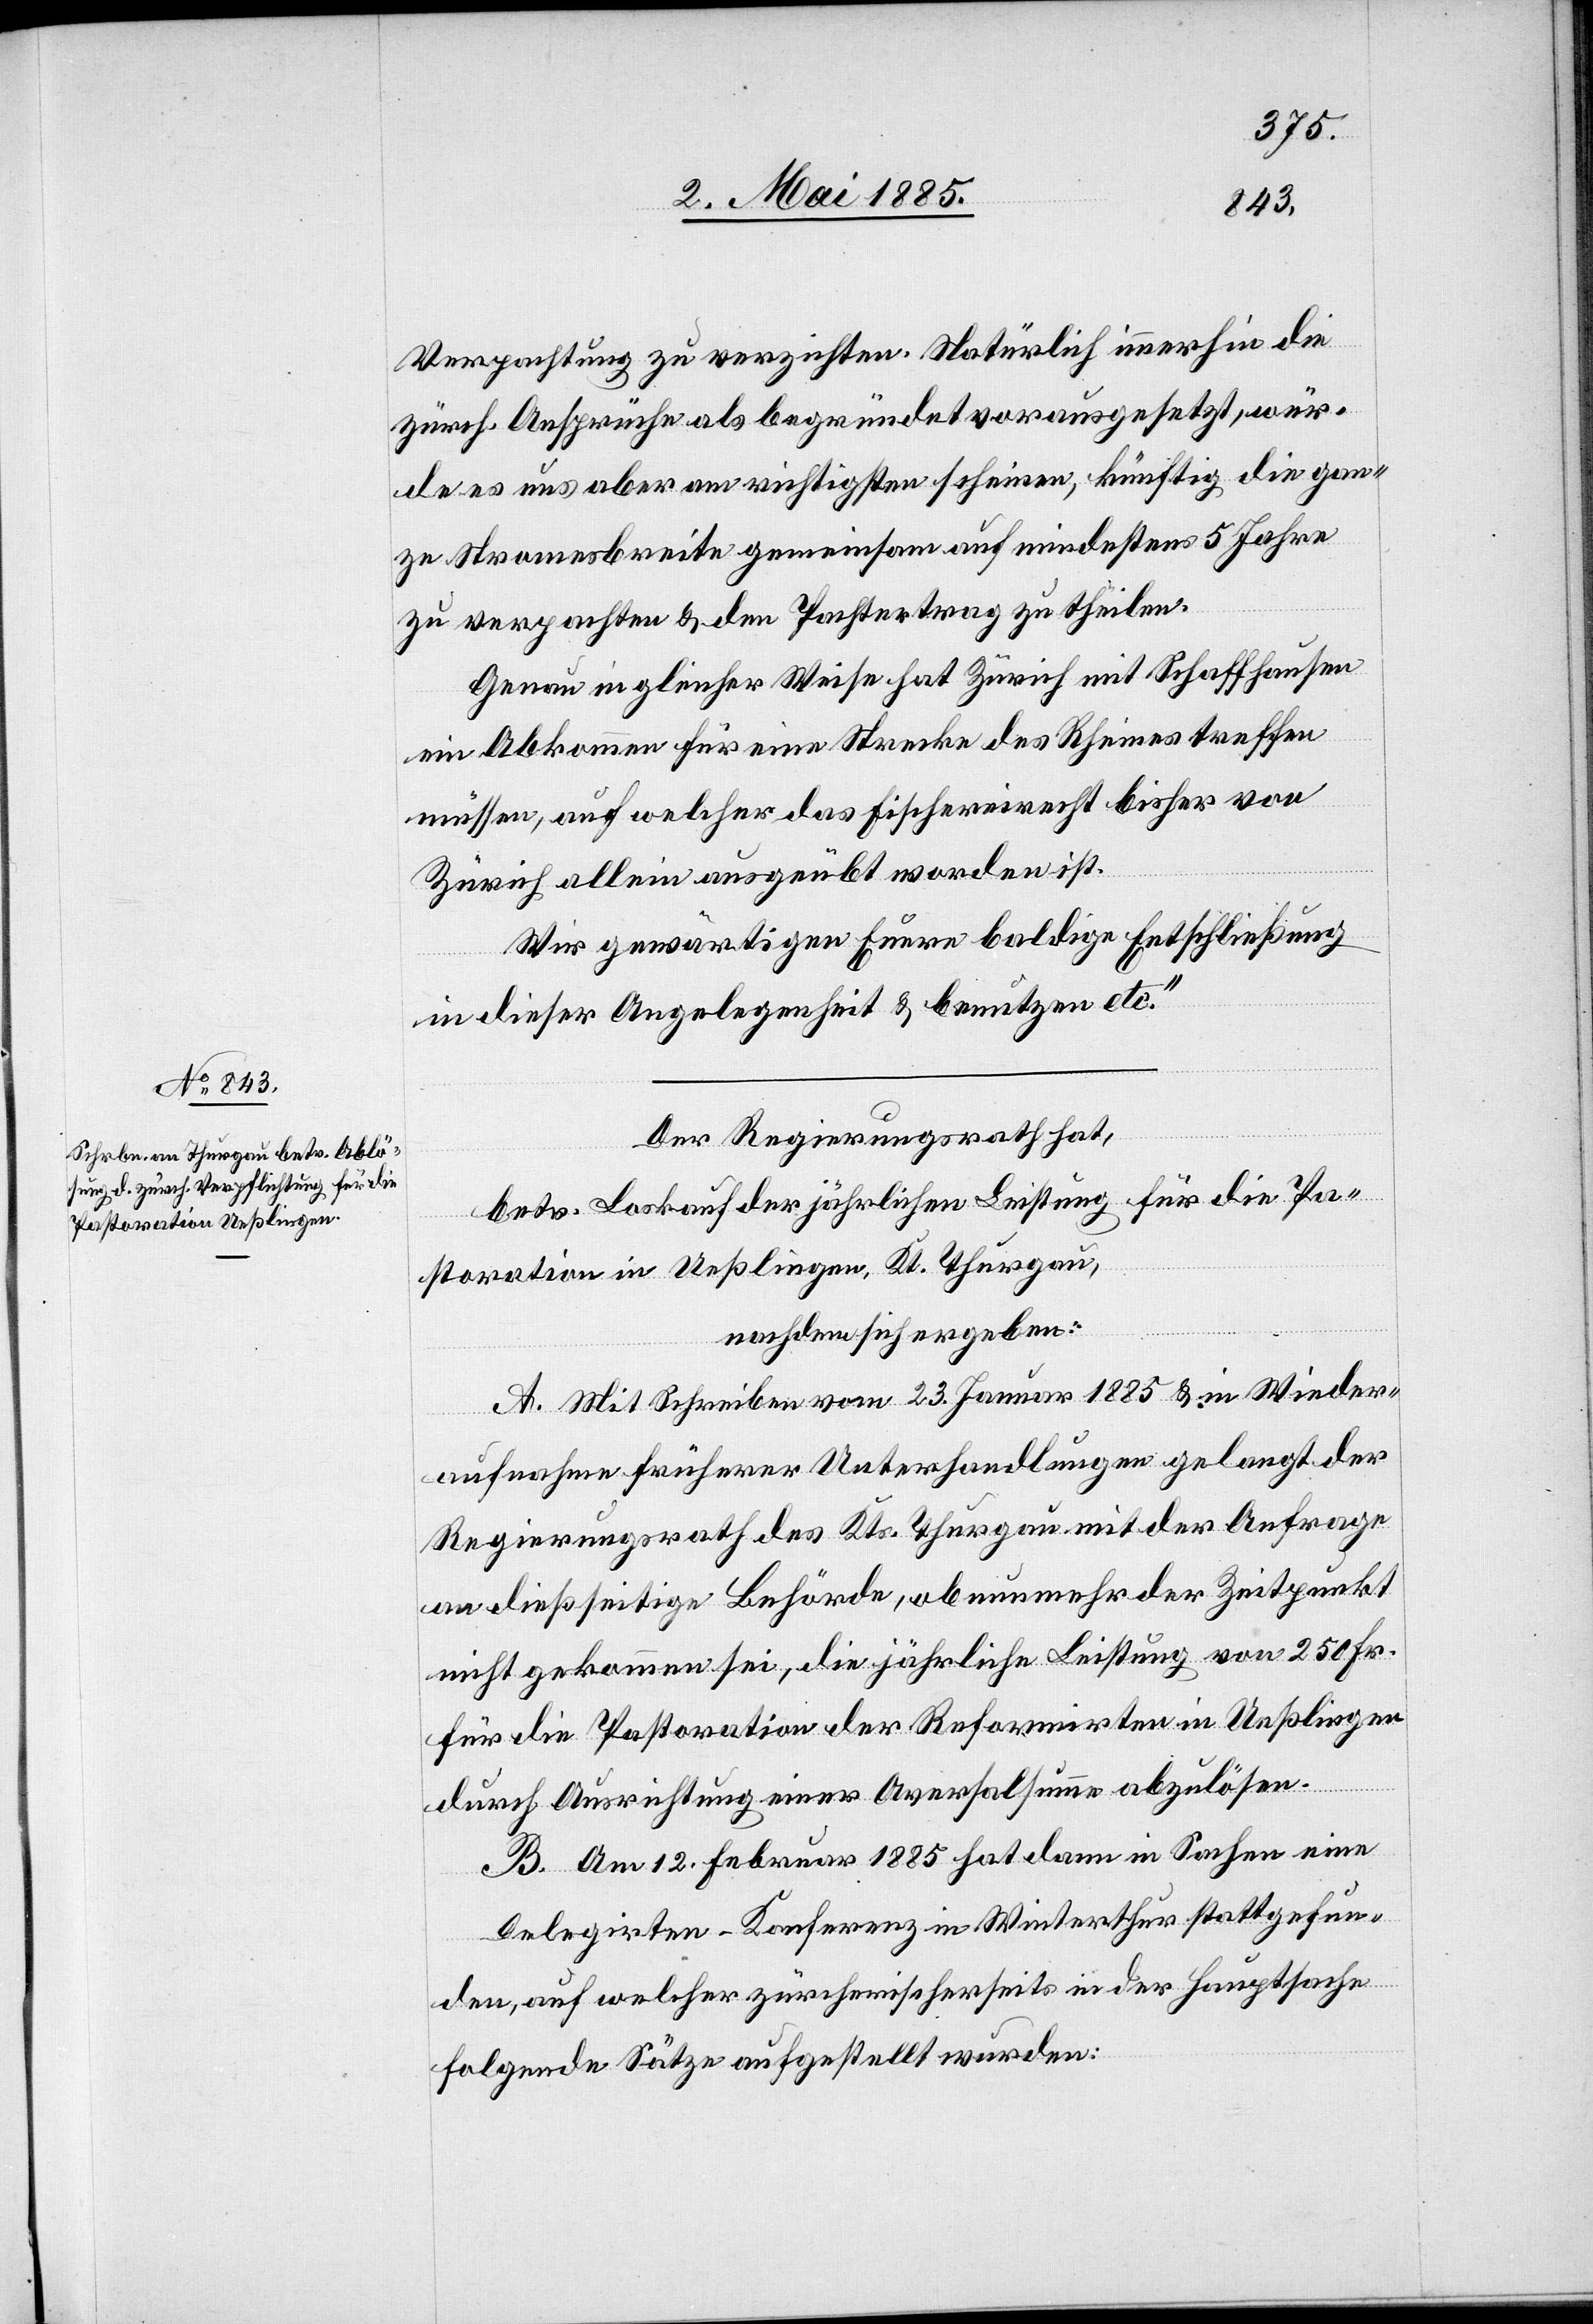
Verpachtung zu verzichten. Natürlich immerhin die
zürch. Ansprüche als begründet vorausgesetzt, wür¬
de es uns aber am richtigsten scheinen, künftig die gan¬
ze Stromesbreite gemeinsam auf mindestens 5 Jahre
zu verpachten & den Pachtvertrag zu theilen.
Genau in gleicher Weise hat Zürich mit Schaffhausen
ein Abkommen für eine Strecke des Rheines treffen
müssen, auf welcher das Fischereirecht bisher von
Zürich allein ausgeübt worden ist.
Wir gewärtigen Euere baldige Entschließung
in dieser Angelegenheit & benutzen etc.“
Der Regierungsrath hat,
betr. Loskauf der jährlichen Leistung für die Pa¬
storation in Ueßlingen, Kt. Thurgau,
nachdem sich ergeben:
A. Mit Schreiben vom 23. Januar 1885 & in Wieder¬
aufnahme früherer Unterhandlungen gelangt der
Regierungsrath des Kts. Thurgau mit der Anfrage
an dießseitige Behörde, ob nunmehr der Zeitpunkt
nicht gekommen sei, die jährliche Leistung von 250 Fr.
für die Pastoration der Reformirten in Ueßlingen
durch Ausrichtung einer Aversalsumme abzulösen.
B. Am 12. Februar 1885 hat dann in Sachen eine
Delegirten-Konferenz in Winterthur stattgefun¬
den¬
en, auf welcher zürcherischerseits in der Hauptsache
folgende Sätze aufgestellt wurden: